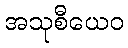
အသုစီယေဝ